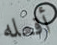
أفعله